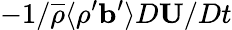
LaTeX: -1/\overline{{\rho}}\langle{\rho^{\prime}{\mathbf{b}}^{\prime}}\rangle D{\mathbf{U}}/Dt